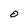
Character: 0